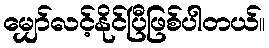
မျှော်လင့်နိုင်ပြီဖြစ်ပါတယ်။